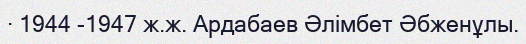
· 1944 -1947 ж.ж. Ардабаев Әлімбет Әбженұлы.